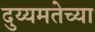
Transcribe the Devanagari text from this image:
दुय्यमतेच्या